Report on vaccination in Madras 1895-1903 - 1895-1903
Year: 1895
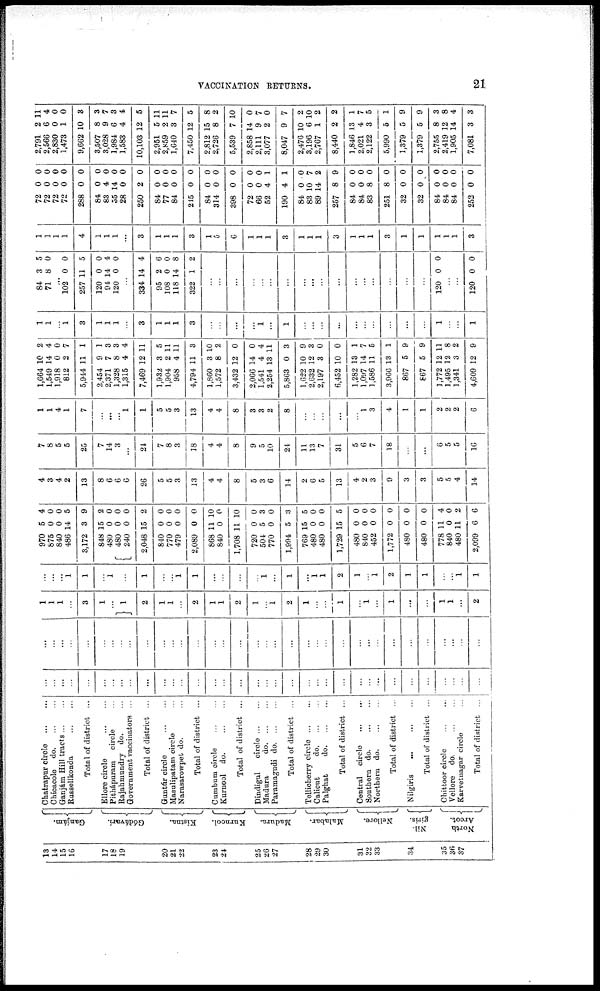
VACCINATION RETURNS.
21
13
14
15
16
17
18
19
20
21
22
23
24
25
26
27
28
29
30
31
22
33
34
35
36
37
Ganjám.
Gódávari.
Kistna.
Kurnool.
Madura.
Malabar.
Nellore.
Nil-
giris.
North
Arcot.
Chatrapur circle
...
...
Chicacole
do. ... ...
Ganjám Hill tracts ... ...
Russellkonda ... ...
Total of district ...
Ellore circle
...
...
Pithápuram circle ...
Rajahmundry do. ...
Government vaccinators ...
Total of district ...
Guntúr circle
...
...
Masulipatam circle ...
Narasarowpet do. ...
Total of district ...
Cumbum circle
...
...
Kurnool
do. ... ...
Total of district ...
Dindigul
circle ... ...
Madura
do. ... ...
Paramagudi do. ... ...
Total of district ...
Tellicherry circle
...
...
Calicut
do.... ...
Palghat
do. ... ...
Total of district ...
Central circle
...
...
Southern
do. ... ...
Northern
do. ... ...
Total of district ...
Nilgiris
... ... ...
Total of district ...
Chittoor circle
...
...
Vellore do.
...
...
Karvetnagar circle ...
Total of district ...
...
...
...
...
...
...
...
...
...
...
...
...
...
...
...
...
...
...
...
...
...
...
...
...
...
...
...
...
...
...
...
...
...
...
...
...
...
...
...
...
...
...
...
...
...
...
...
...
...
...
...
...
...
...
...
...
...
...
...
...
...
...
...
...
...
...
...
...
...
...
1
1
1
...
3
1
...
1
2
1
1
...
2
1
1
2
1
...
1
2
1
...
...
1
...
1
...
1
...
...
1
1
...
2
...
...
...
1
1
...
1
...
1
...
...
1
1
...
...
...
...
1
...
1
...
1
1
2
1
...
1
2
1
1
...
...
1
1
970
875
840
486
3,172
848
480
480
240
2,048
840
770
479
2,089
868
840
1,708
720
504
770
1,994
769
480
480
1,729
480
840
452
1,772
480
480
778
840
480
2,099
5
0
0
14
3
15
0
0
0
15
0
0
0
0
11
0
11
0
5
0
5
15
0
0
15
0
0
0
0
0
0
11
0
11
6
4
0
0
5
9
2
0
0
0
2
0
0
0
0
10
0
10
0
3
0
3
5
0
0
5
0
0
0
0
0
0
4
0
2
6
4
3
4
2
13
8
6
6
6
26
5
5
3
13
4
4
8
5
3
6
14
2
6
5
13
4
2
3
9
3
3
5
5
4
14
7
8
5
5
25
7
14
3
...
24
7
8
3
18
4
4
8
9
5
10
24
11
13
7
31
5
6
7
18
...
...
8
5
5
16
1
1
4
1
7
...
...
...
1
1
5
5
3
13
4
4
8
3
3
2
8
...
...
...
...
...
1
3
4
1
1
2
2
2
6
1,664
1,549
1,918
812
5,944
2,454
2,371
1,328
1,315
7,469
1,932
1,904
958
4,794
1,860
1,572
3,432
2,066
1,541
2,254
5,863
1,622
2,632
2,197
6,452
1,282
1,097
1,586
3,966
867
867
1,772
1,495
1,341
4,609
10
14
0
2
11
9
7
8
4
12
3
2
4
11
3
8
12
14
4
13
0
10
12
3
10
13
14
11
13
5
5
12
12
3
12
2
4
0
7
1
1
3
3
4
11
5
11
11
3
10
2
0
0
4
11
3
9
3
0
0
1
7
5
1
9
9
11
8
2
9
1
1
...
1
3
1
1
1
...
3
1
1
1
3
...
...
...
...
1
...
1
...
...
...
...
...
...
...
...
...
...
1
...
...
1
84
71
3
8
5
0
...
102
257
120
94
120
0
11
0
14
0
0
5
0
4
0
...
334
95
108
118
322
14
2
0
14
1
4
6
0
8
2
...
...
...
...
...
...
...
...
...
...
...
...
...
...
...
...
...
120 0 0
...
...
120 0 0
1
1
1
1
4
1
1
1
...
3
1
1
1
3
1
5
6
1
1
1
3
1
1
1
3
1
1
1
3
1
1
1
1
1
3
72
72
72
72
288
84
83
55
28
250
84
77
84
245
84
314
398
72
66
52
190
84
83
89
257
84
84
83
251
32
32
84
84
84
252
0
0
0
0
0
0
4
14
0
2
0
0
0
0
0
0
0
0
0
4
4
0
10
14
8
0
0
8
8
0
0
0
0
0
0
0
0
0
0
0
0
0
0
0
0
0
0
0
0
0
0
0
0
0
1
1
0
7
2
9
0
0
0
0
0
0
0
0
0
0
2,791
2,566
2,830
1,473
9,662
3,507
3,028
1,984
1,583
10,103
2,951
2,859
1,640
7,450
2,812
2,726
5,539
2,858
2,111
3,077
8,047
2,476
3,196
2,767
8,440
1,846
2,021
2,122
5,990
1,379
1,379
2,755
2,419
1,905
7,081
2
6
0
1
10
8
9
6
4
12
5
2
3
12
15
8
7
14
9
2
9
10
6
1
2
13
4
3
5
5
5
8
12
14
3
11
4
0
0
3
3
7
3
4
5
11
11
7
5
8
2
10
0
7
0
7
2
10
2
2
1
7
5
1
9
9
3
8
4
3